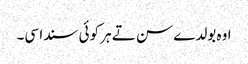
اوہ بولدے سن تے ہر کوئی سندا سی۔